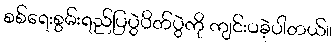
စစ်ရေးစွမ်းရည်ပြပွဲပိတ်ပွဲကို ကျင်းပခဲ့ပါတယ်။